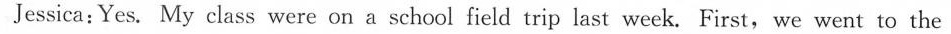
Jessica：Yes.My class were on a school field trip last week.First，we went to the